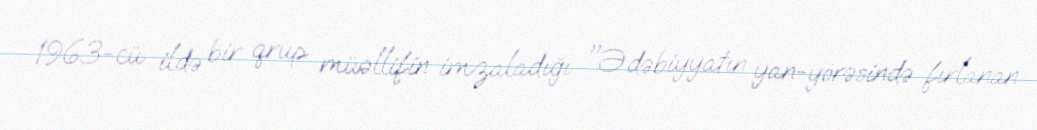
1963-cü ildə bir qrup müəllifin imzaladığı "Ədəbiyyatın yan-yörəsində fırlanan